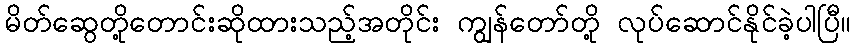
မိတ်ဆွေတို့တောင်းဆိုထားသည့်အတိုင်း ကျွန်တော်တို့ လုပ်ဆောင်နိုင်ခဲ့ပါပြီ။